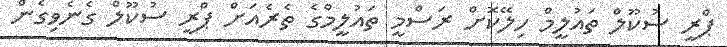
ޕްރީ ސުކޫލް ތައުލީމް ހިލޭކޮށް ރަސްމީ ތައުލީމްގެ ތެރެއަށް ޕްރީ ސުކޫލް ގެނެވިގެން